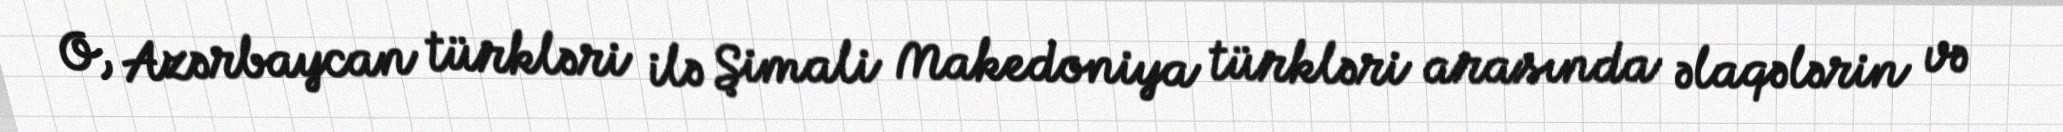
O, Azərbaycan türkləri ilə Şimali Makedoniya türkləri arasında əlaqələrin və